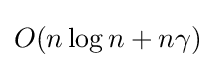
O(n\log {n}+n\gamma )